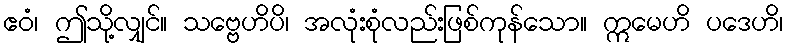
ဧဝံ၊ ဤသို့လျှင်။ သဗ္ဗေဟိပိ၊ အလုံးစုံလည်းဖြစ်ကုန်သော။ ဣမေဟိ ပဒေဟိ၊